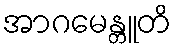
အာဂမေန္တူတိ